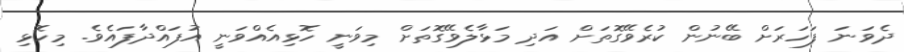
ދެވަނަ ފަހަރަށް ބޭނުން ކުރެވޭގޮތަށް އަދި މަޅާލެވޭގޮތަށް މިވަނީ ހޮޅިއެއްވަނީ އުފައްދާފައެވެ. މިހޮޅި